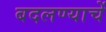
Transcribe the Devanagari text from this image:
बदलण्याचें